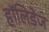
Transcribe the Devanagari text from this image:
हॉलिडेज